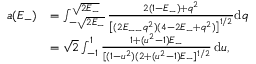
\begin{array} { r l } { a ( E _ { - } ) } & { = \int _ { - \sqrt { 2 E _ { - } } } ^ { \sqrt { 2 E _ { - } } } \frac { 2 ( 1 - E _ { - } ) + q ^ { 2 } } { \left[ ( 2 E _ { -- } q ^ { 2 } ) ( 4 - 2 E _ { - } + q ^ { 2 } ) \right] ^ { 1 / 2 } } \mathrm { d } q } \\ { } & { = \sqrt { 2 } \int _ { - 1 } ^ { 1 } \frac { 1 + ( u ^ { 2 } - 1 ) E _ { - } } { [ ( 1 - u ^ { 2 } ) ( 2 + ( u ^ { 2 } - 1 ) E _ { - } ] ^ { 1 / 2 } } \, \mathrm { d } u , } \end{array}